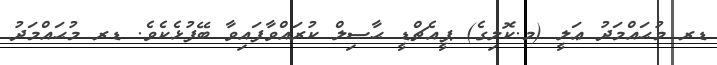
ޑރ މުޙައްމަދު ޢަލީ (މ.ކޮލިގެ) ޕީއެޗްޑީ ޙާޞިލް ކުރައްވާފައިވާ ބޭފުޅެކެވެ. ޑރ މުޙައްމަދު